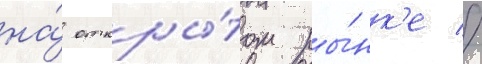
на́ откры́том ры́нк'е //